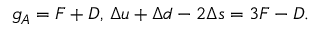
g _ { A } = F + D , \, \Delta u + \Delta d - 2 \Delta s = 3 F - D .